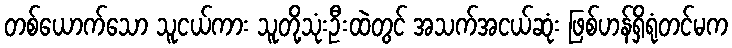
တစ်ယောက်သော သူငယ်ကား သူတို့သုံးဦးထဲတွင် အသက်အငယ်ဆုံး ဖြစ်ဟန်ရှိရုံတင်မက